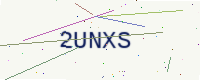
Text: 2UNXS